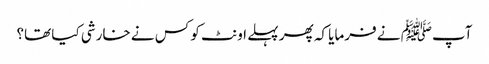
آپﷺ نے فرمایا کہ پھر پہلے اونٹ کو کس نے خارشی کیا تھا؟